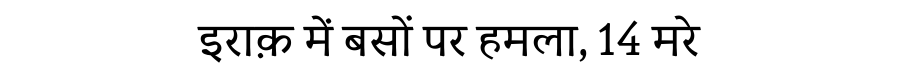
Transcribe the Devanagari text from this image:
इराक़ में बसों पर हमला, 14 मरे